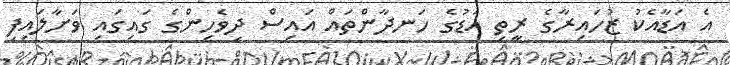
އެ އަޑާއެކު ޒުހައިރާގެ ރީތި އަޑުގެ ހަނދާންތައް އައިސް ދިވެހިންގެ ގައިގައި ވަށާލައިފި